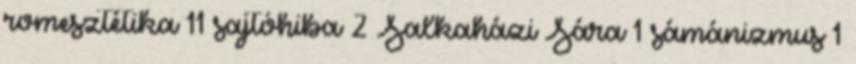
romesztétika 11 sajtóhiba 2 Salkaházi Sára 1 sámánizmus 1